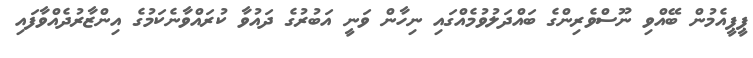
ޕީޕީއެމުން ބޭއްވި ނޫސްވެރިންގެ ބައްދަލުވުމެއްގައި ނިހާން ވަނީ އަބުރުގެ ދައުވާ ކުރައްވާނެކަމުގެ އިންޒާރުދެއްވާފައި